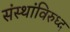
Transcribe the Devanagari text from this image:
संस्थांविरुध्द